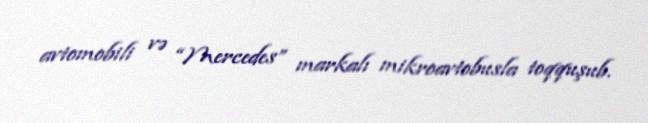
avtomobili və “Mercedes” markalı mikroavtobusla toqquşub.